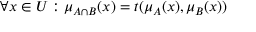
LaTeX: \forall x \in { U } : \mu _ { A \cap { B } } ( x ) = t ( \mu _ { A } ( x ) , \mu _ { B } ( x ) )